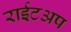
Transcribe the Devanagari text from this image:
राईटअप